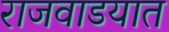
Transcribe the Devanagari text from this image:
राजवाडयात